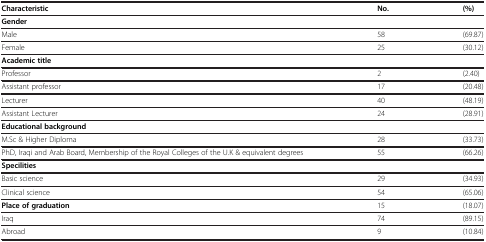
<table><thead><tr><td><b>Characteristic</b></td><td><b>No.</b></td><td><b>(%)</b></td></tr></thead><tbody><tr><td><b>Gender</b></td><td> </td><td> </td></tr><tr><td>Male</td><td>58</td><td>(69.87)</td></tr><tr><td>Female</td><td>25</td><td>(30.12)</td></tr><tr><td><b>Academic title</b></td><td> </td><td> </td></tr><tr><td>Professor</td><td>2</td><td>(2.40)</td></tr><tr><td>Assistant professor</td><td>17</td><td>(20.48)</td></tr><tr><td>Lecturer</td><td>40</td><td>(48.19)</td></tr><tr><td>Assistant Lecturer</td><td>24</td><td>(28.91)</td></tr><tr><td><b>Educational background</b></td><td> </td><td> </td></tr><tr><td>M.Sc &amp; Higher Diploma</td><td>28</td><td>(33.73)</td></tr><tr><td>PhD, Iraqi and Arab Board, Membership of the Royal Colleges of the U.K &amp; equivalent degrees</td><td>55</td><td>(66.26)</td></tr><tr><td><b>Specilities</b></td><td> </td><td> </td></tr><tr><td>Basic science</td><td>29</td><td>(34.93)</td></tr><tr><td>Clinical science</td><td>54</td><td>(65.06)</td></tr><tr><td><b>Place of graduation</b></td><td>15</td><td>(18.07)</td></tr><tr><td>Iraq</td><td>74</td><td>(89.15)</td></tr><tr><td>Abroad</td><td>9</td><td>(10.84)</td></tr></tbody></table>